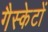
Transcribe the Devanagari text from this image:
गैस्केटों